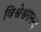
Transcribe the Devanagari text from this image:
विश्वेश्वरानन्द